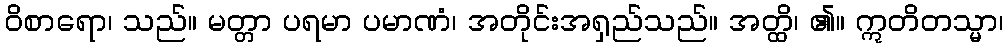
ဝိစာရော၊ သည်။ မတ္တာ ပရမာ ပမာဏံ၊ အတိုင်းအရှည်သည်။ အတ္ထိ၊ ၏။ ဣတိတသ္မာ၊